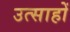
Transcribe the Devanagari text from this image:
उत्साहों